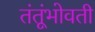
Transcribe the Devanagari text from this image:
तंतूंभोवती